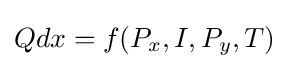
Qdx=f(P_{x},I,P_{y},T)